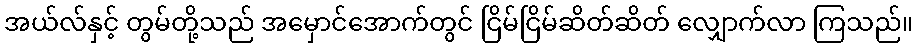
အယ်လ်နှင့် တွမ်တို့သည် အမှောင်အောက်တွင် ငြိမ်ငြိမ်ဆိတ်ဆိတ် လျှောက်လာ ကြသည်။